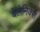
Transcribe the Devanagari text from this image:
बेलेनिक्स